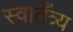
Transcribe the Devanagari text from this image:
स्वातँत्र्य